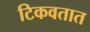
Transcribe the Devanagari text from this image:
टिकवतात